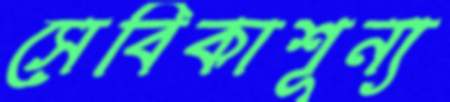
সেবিকাশূন্য